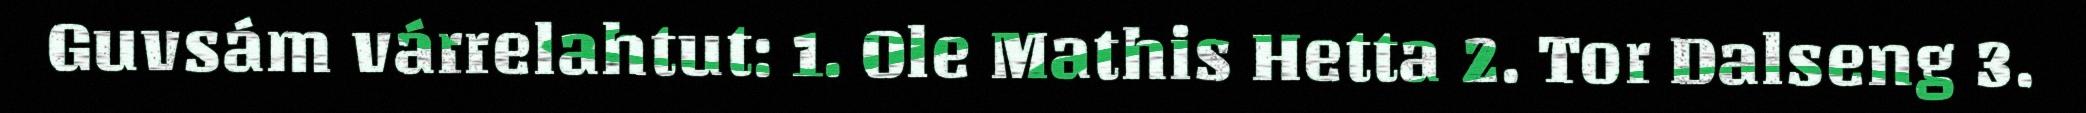
Guvsám várrelahtut: 1. Ole Mathis Hetta 2. Tor Dalseng 3.